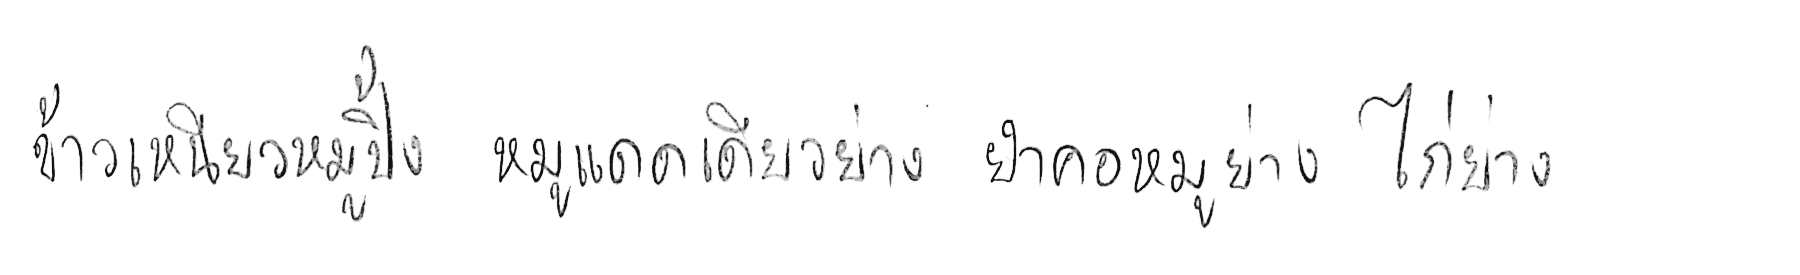
ข้าวเหนียวหมูปิ้ง หมูแดดเดียวย่าง ยำคอหมูย่าง ไก่ย่าง